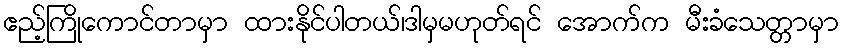
ဧည့်ကြိုကောင်တာမှာ ထားနိုင်ပါတယ်၊ဒါမှမဟုတ်ရင် အောက်က မီးခံသေတ္တာမှာ